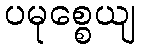
ပမုစ္စေယျ